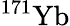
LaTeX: ^{171}\mathrm{Yb}